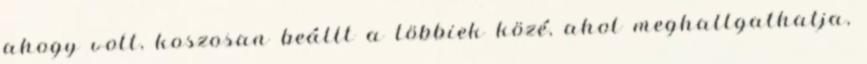
ahogy volt, koszosan beállt a többiek közé, ahol meghallgathatja,